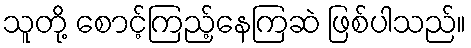
သူတို့ စောင့်ကြည့်နေကြဆဲ ဖြစ်ပါသည်။